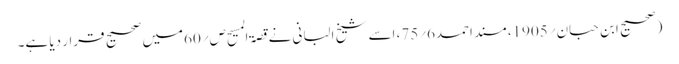
(صحیح ابن حبان؍1905، مسند احمد6؍75، اسے شیخ البانی نے قصۃ المسیح ص؍60میں صحیح قرار دیا ہے۔